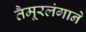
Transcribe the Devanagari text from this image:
तैमूरलंगाने